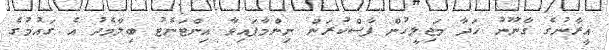
އީރާނުގެ ގާނޫނު ހަދާ މަޖިލީހުން ފާސްކުރަން ނިންމާފައިވާ އިންޓަނެޓު ބިލާމެދު އެ ގައުމުގެ